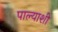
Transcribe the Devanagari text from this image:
पाल्याशी